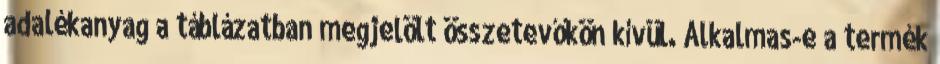
adalékanyag a táblázatban megjelölt összetevőkön kívül. Alkalmas-e a termék